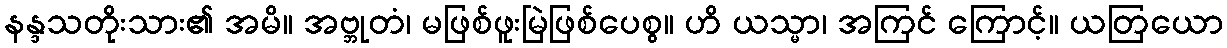
နန္ဒသတိုးသား၏ အမိ။ အဗ္ဘုတံ၊ မဖြစ်ဖူးမြဲဖြစ်ပေစွ။ ဟိ ယသ္မာ၊ အကြင် ကြောင့်။ ယတြယော